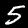
Label: 5